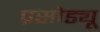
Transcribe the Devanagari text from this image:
प्रसोड्यू